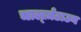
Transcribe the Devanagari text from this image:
चार्ल्ज़टाउन